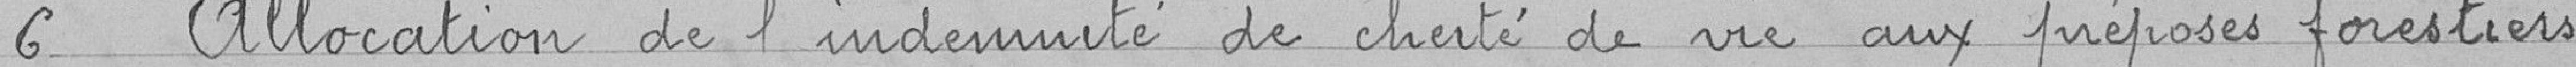
6 Allocation de l'indemnité de cherté de vie aux préposés forestiers